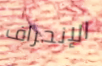
الإنحراف